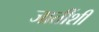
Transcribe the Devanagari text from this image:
जातींशी